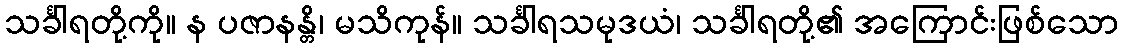
သင်္ခါရတို့ကို။ န ပဇာနန္တိ၊ မသိကုန်။ သင်္ခါရသမုဒယံ၊ သင်္ခါရတို့၏ အကြောင်းဖြစ်သော